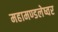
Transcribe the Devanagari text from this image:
महामण्डलेष्वर